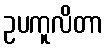
ဥပကူလိတာ